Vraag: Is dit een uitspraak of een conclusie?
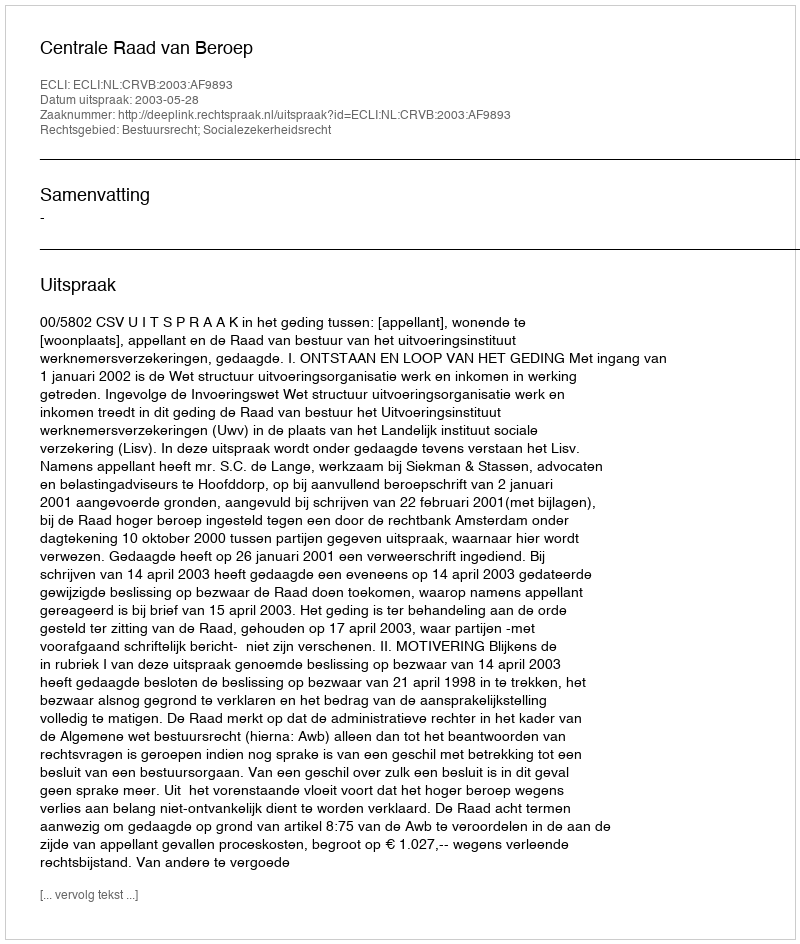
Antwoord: Uitspraak